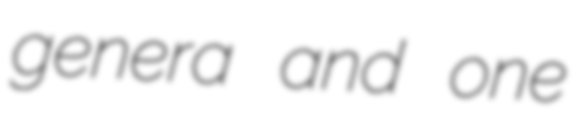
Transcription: genera and one